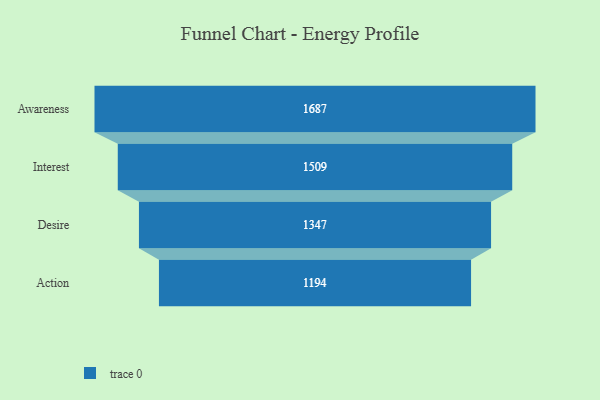
{"axis": {"x": "Stage", "y": "Value"}, "legend": [""], "data": [{"x": "Awareness", "y": 1687.0, "type": ""}, {"x": "Interest", "y": 1509.0, "type": ""}, {"x": "Desire", "y": 1347.0, "type": ""}, {"x": "Action", "y": 1194.0, "type": ""}]}